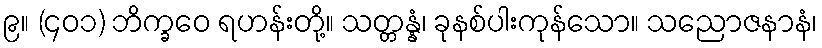
၉။ (၄၀၁) ဘိက္ခဝေ ရဟန်းတို့။ သတ္တန္နံ၊ ခုနစ်ပါးကုန်သော။ သညောဇနာနံ၊